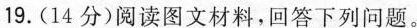
19.(14分)阅读图文材料，回答下列问题。